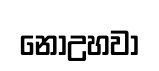
නොඋහවා